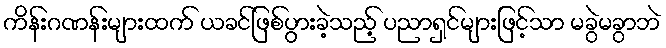
ကိန်းဂဏန်းများထက် ယခင်ဖြစ်ပွားခဲ့သည့် ပညာရှင်များဖြင့်သာ မခွဲမခွာဘဲ